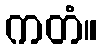
ကတံ။